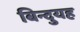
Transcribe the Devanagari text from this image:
बिन्दुयह